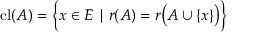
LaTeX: \operatorname { c l } ( A ) = { \Bigl \{ } x \in E \mid r ( A ) = r { \bigl ( } A \cup \{ x \} { \bigr ) } { \Bigr \} }